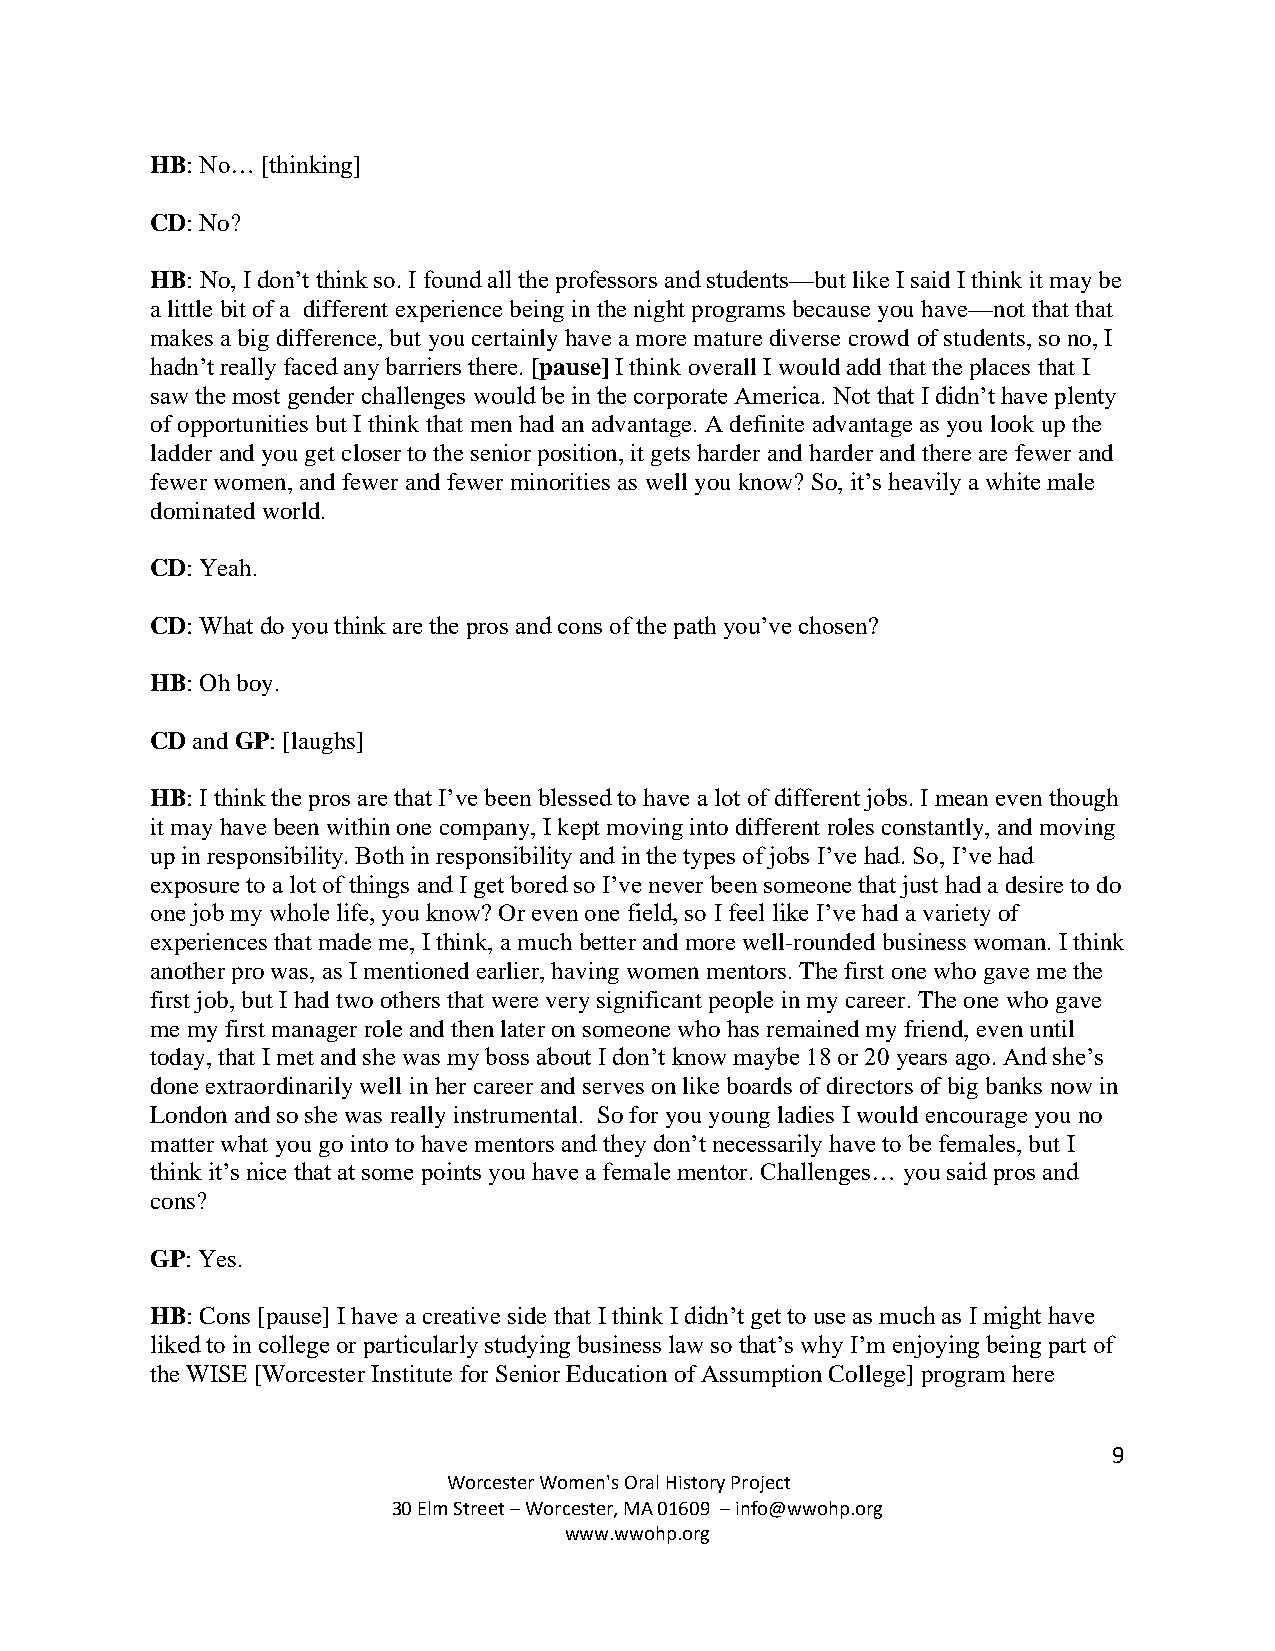
HB: No… [thinking]
 CD: No?
 HB: No, I don’t think so. I found all the professors and students—but like I said I think it may be
 a little bit of a different experience being in the night programs because you have—not that that
 makes a big difference, but you certainly have a more mature diverse crowd of students, so no, I
 hadn’t really faced any barriers there. [pause] I think overall I would add that the places that I
 saw the most gender challenges would be in the corporate America. Not that I didn’t have plenty
 of opportunities but I think that men had an advantage. A definite advantage as you look up the
 ladder and you get closer to the senior position, it gets harder and harder and there are fewer and
 fewer women, and fewer and fewer minorities as well you know? So, it’s heavily a white male
 dominated world.
 CD: Yeah.
 CD: What do you think are the pros and cons of the path you’ve chosen?
 HB: Oh boy.
 CD and GP: [laughs]
 HB: I think the pros are that I’ve been blessed to have a lot of different jobs. I mean even though
 it may have been within one company, I kept moving into different roles constantly, and moving
 up in responsibility. Both in responsibility and in the types of jobs I’ve had. So, I’ve had
 exposure to a lot of things and I get bored so I’ve never been someone that just had a desire to do
 one job my whole life, you know? Or even one field, so I feel like I’ve had a variety of
 experiences that made me, I think, a much better and more well-rounded business woman. I think
 another pro was, as I mentioned earlier, having women mentors. The first one who gave me the
 first job, but I had two others that were very significant people in my career. The one who gave
 me my first manager role and then later on someone who has remained my friend, even until
 today, that I met and she was my boss about I don’t know maybe 18 or 20 years ago. And she’s
 done extraordinarily well in her career and serves on like boards of directors of big banks now in
 London and so she was really instrumental. So for you young ladies I would encourage you no
 matter what you go into to have mentors and they don’t necessarily have to be females, but I
 think it’s nice that at some points you have a female mentor. Challenges… you said pros and
 cons?
 GP: Yes.
 HB: Cons [pause] I have a creative side that I think I didn’t get to use as much as I might have
 liked to in college or particularly studying business law so that’s why I’m enjoying being part of
 the WISE [Worcester Institute for Senior Education of Assumption College] program here
 9
 Worcester Women's Oral History Project
 30 Elm Street – Worcester, MA 01609 – info@wwohp.org
 www.wwohp.org